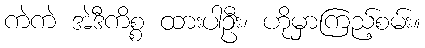
ကဲကဲ အဲဒီကိစ္စ ထားပါဦး၊ ဟိုမှာကြည့်စမ်း။